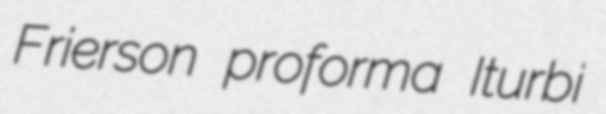
Frierson proforma Iturbi